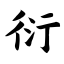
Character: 衍